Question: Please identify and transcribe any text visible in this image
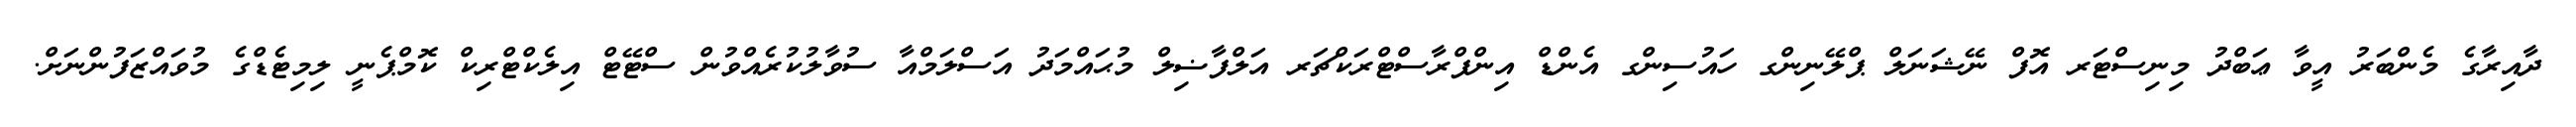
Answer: ދާއިރާގެ މެންބަރު އީވާ ޢަބްދު މިނިސްޓަރ އޮފް ނޭޝަނަލް ޕްލޭނިންގ ހައުސިންގ އެންޑް އިންފްރާސްޓްރަކްޗަރ އަލްފާޟިލް މުޙައްމަދު އަސްލަމްއާ ސުވާލުކުރެއްވުން ސްޓޭޓް އިލެކްޓްރިކް ކޮމްޕެނީ ލިމިޓެޑްގެ މުވައްޒަފުންނަށް.